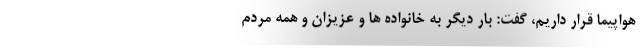
هواپیما قرار داریم، گفت: بار دیگر به خانواده ها و عزیزان و همه مردم